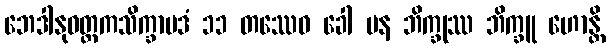
ဘေဒါနုဝတ္တကသိက္ခာပဒံ ၁၁ တဿေဝ ခေါ ပန ဘိက္ခုဿ ဘိက္ခူ ဟောန္တိ